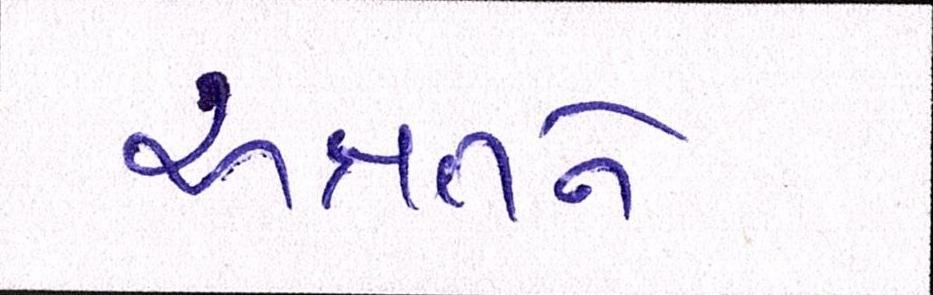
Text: અક્ષતને